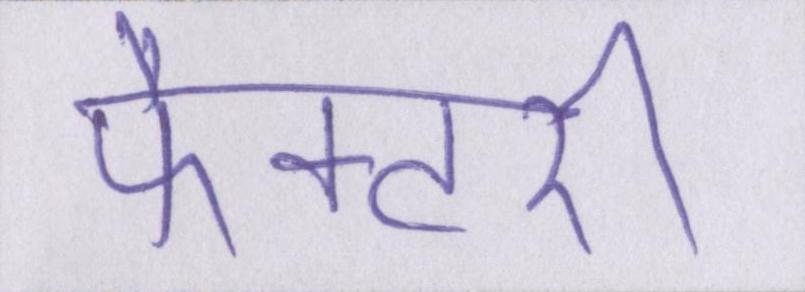
फैक्टरी